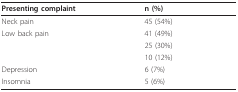
<table><thead><tr><td><b>Presenting complaint</b></td><td><b>n (%)</b></td></tr></thead><tbody><tr><td>Neck pain</td><td>45 (54%)</td></tr><tr><td>Low back pain</td><td>41 (49%)</td></tr><tr><td>[EMPTY_CELL]</td><td>25 (30%)</td></tr><tr><td>[EMPTY_CELL]</td><td>10 (12%)</td></tr><tr><td>Depression</td><td>6 (7%)</td></tr><tr><td>Insomnia</td><td>5 (6%)</td></tr></tbody></table>